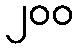
၂၀၀